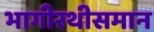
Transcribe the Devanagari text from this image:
भागीरथीसमान